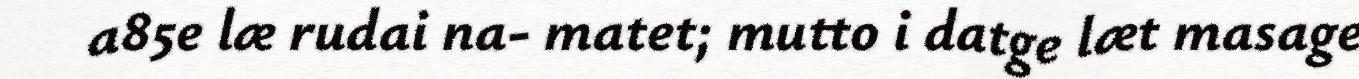
a85e læ rudai na- matet; mutto i datge læt masage